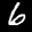
Label: 6